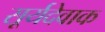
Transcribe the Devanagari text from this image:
सूर्यदेवाक